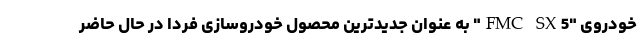
خودروی "FMC SX5" به عنوان جدیدترین محصول خودروسازی فردا در حال حاضر